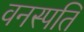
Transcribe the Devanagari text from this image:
वनस्‍पति